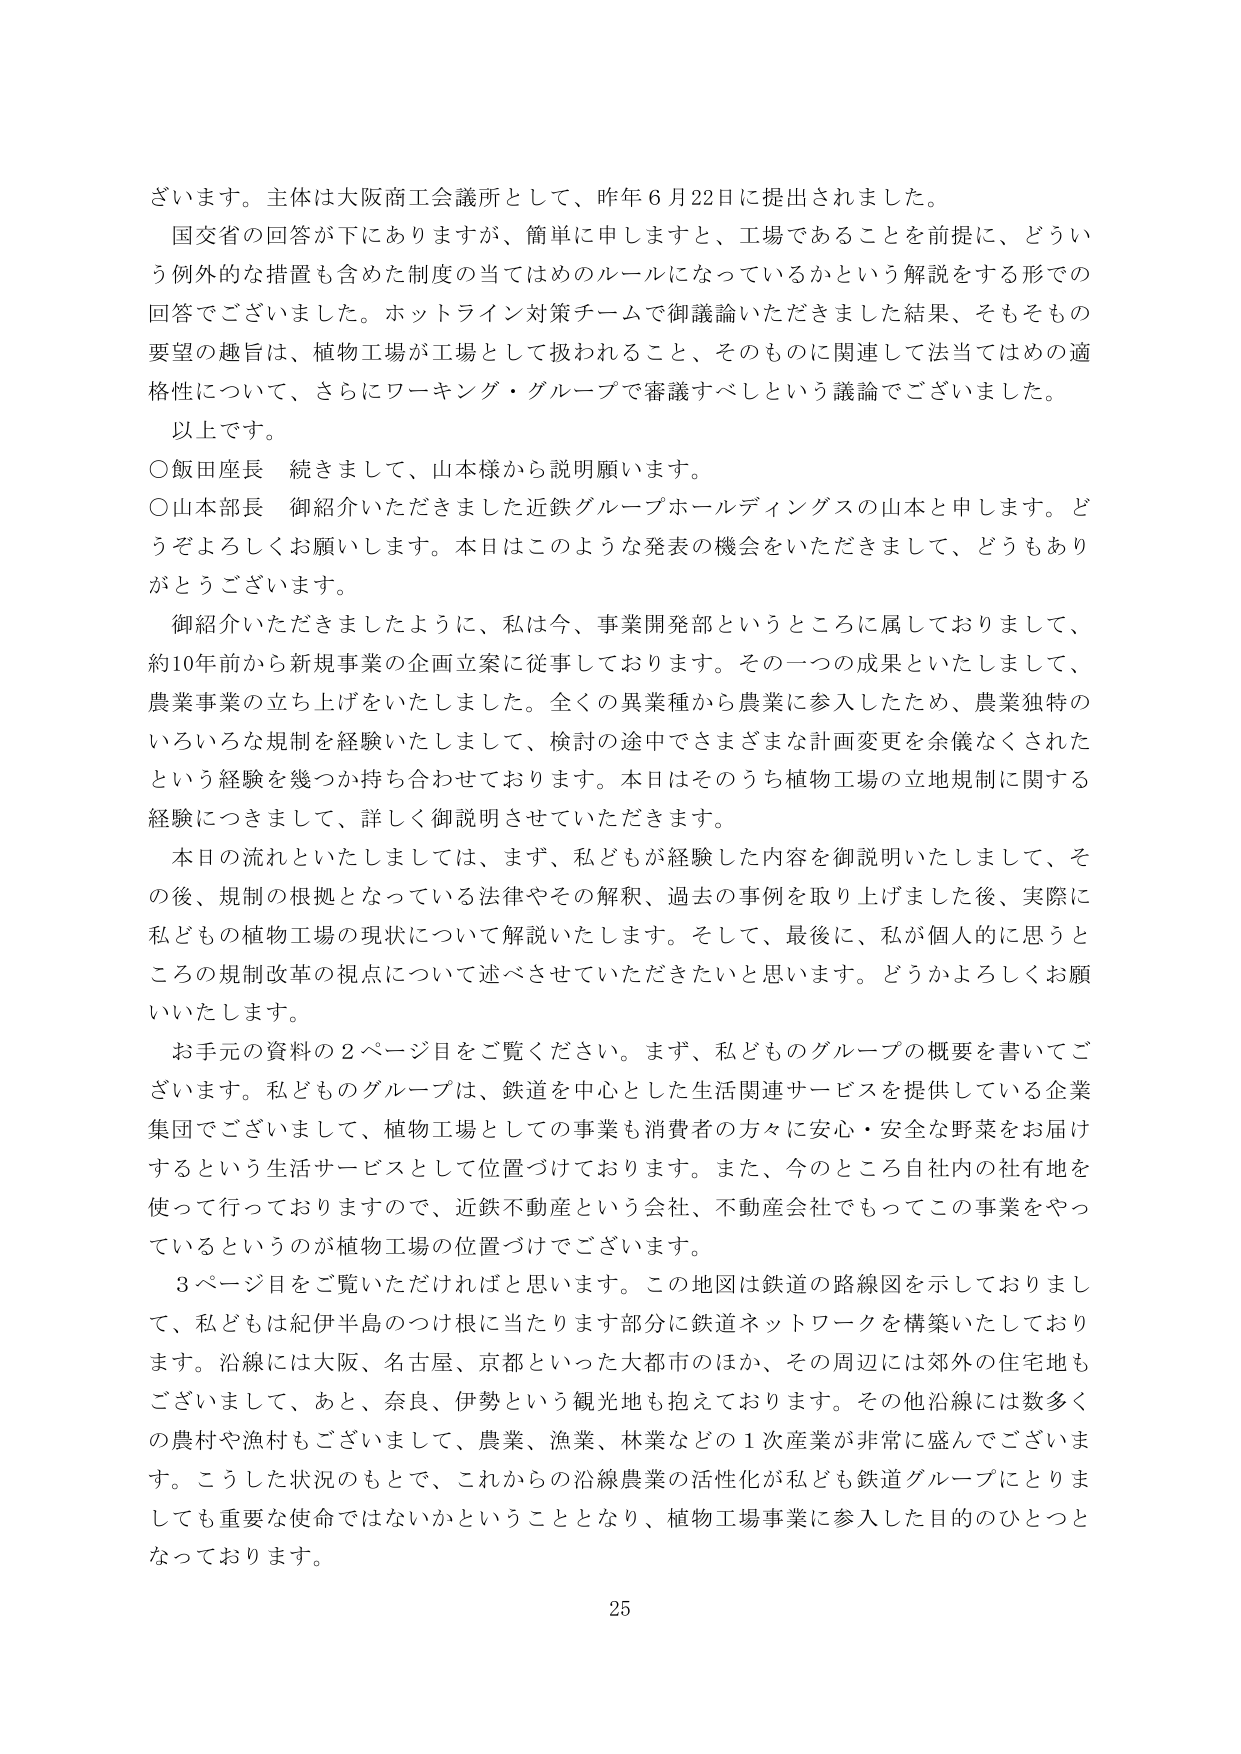
ざいます。主体は大阪商工会議所として、昨年６月22日に提出されました。

国交省の回答が下にありますますが、簡単に申しますと、工場であることを前提に、どういう例外的な措置も含めた制度の当てはめのルールになっているかという解説をする形での回答でございました。ホットライン対策チームで御議論いただきました結果、そもそもその要望の趣旨は、植物工場が工場として扱われること、そのものに関連して法当てはめの適格性について、さらにワーキング・グループで審議すべしという議論でございました。

以上です。

○飯田座長　続きまして、山本様から説明願います。

○山本部長　御紹介いただきました近鉄グループホールディングスの山本と申します。どうぞよろしくお願いします。本日はこのような発表の機会をいただきまして、どうもありがとうございます。

御紹介いただきましたように、私は今、事業開発部というところに属しておりまして、約10年前から新規事業の企画立案に従事しております。その一つの成果といたしまして、農業事業の立ち上げをいたしました。全くの異業種から農業に参入したため、農業独特のいろいろな規制を経験いたしまして、検討の途中でさまざまな計画変更を余儀なくされたという経験を幾つか持ち合わせております。本日はそのうち植物工場の立地規制に関する経験につきまして、詳しく御説明させていただきます。

本日の流れといたしましては、まず、私どもが経験した内容を御説明いたしまして、その後、規制の根拠となっている法律やその解釈、過去の事例を取り上げました後、実際に私どもの植物工場の現状について解説いたします。そして、最後に、私が個人的に思うところの規制改革の視点について述べさせていただきたいと思います。どうかよろしくお願いいたします。

お手元の資料の２ページ目をご覧ください。まず、私どものグループの概要を書いてございます。私どものグループは、鉄道を中心とした生活関連サービスを提供している企業集団でございまして、植物工場としての事業も消費者の方々に安心・安全な野菜をお届けするという生活サービスとして位置づけております。また、今のところ自社内の社有地を使って行っておりますので、近鉄不動産という会社、不動産会社でもってこの事業をやっているというのが植物工場の位置づけでございます。

３ページ目をご覧いただければと思います。この地図は鉄道の路線図を示しておりまして、私どもは紀伊半島のつけ根に当たります部分に鉄道ネットワークを構築いたしております。沿線には大阪、名古屋、京都といった大都市のほか、その周辺には郊外の住宅地もございまして、あと、奈良、伊勢という観光地も抱えております。その他沿線には数多くの農村や漁村もございまして、農業、漁業、林業などの１次産業が非常に盛んでございます。こうした状況のもとで、これからの沿線農業の活性化が私ども鉄道グループにとりましても重要な使命ではないかということとなり、植物工場事業に参入した目的のひとつとなっております。

25